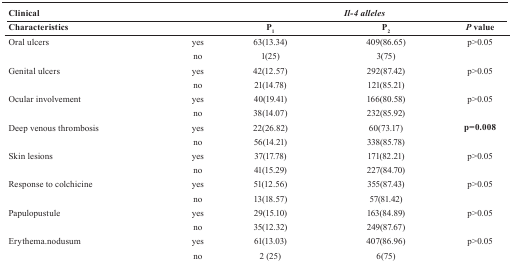
<table><thead><tr><td colspan="2"><b>Clinical</b></td><td colspan="3"><b><i>Il-4 alleles</i></b></td></tr><tr><td colspan="2"><b>Characteristics</b></td><td><b>P<sub>1</sub></b></td><td><b>P<sub>2</sub></b></td><td><b><i>P</i> value</b></td></tr></thead><tbody><tr><td rowspan="2">Oral ulcers</td><td>yes</td><td>63(13.34)</td><td>409(86.65)</td><td rowspan="2">p&gt;0.05</td></tr><tr><td>no</td><td>1(25)</td><td>3(75)</td></tr><tr><td rowspan="2">Genital ulcers</td><td>yes</td><td>42(12.57)</td><td>292(87.42)</td><td rowspan="2">p&gt;0.05</td></tr><tr><td>no</td><td>21(14.78)</td><td>121(85.21)</td></tr><tr><td rowspan="2">Ocular involvement</td><td>yes</td><td>40(19.41)</td><td>166(80.58)</td><td rowspan="2">p&gt;0.05</td></tr><tr><td>no</td><td>38(14.07)</td><td>232(85.92)</td></tr><tr><td rowspan="2">Deep venous thrombosis</td><td>yes</td><td>22(26.82)</td><td>60(73.17)</td><td rowspan="2"><b>p=0.008</b></td></tr><tr><td>no</td><td>56(14.21)</td><td>338(85.78)</td></tr><tr><td rowspan="2">Skin lesions</td><td>yes</td><td>37(17.78)</td><td>171(82.21)</td><td rowspan="2">p&gt;0.05</td></tr><tr><td>no</td><td>41(15.29)</td><td>227(84.70)</td></tr><tr><td rowspan="2">Response to colchicine</td><td>yes</td><td>51(12.56)</td><td>355(87.43)</td><td rowspan="2">p&gt;0.05</td></tr><tr><td>no</td><td>13(18.57)</td><td>57(81.42)</td></tr><tr><td rowspan="2">Papulopustule</td><td>yes</td><td>29(15.10)</td><td>163(84.89)</td><td rowspan="2">p&gt;0.05</td></tr><tr><td>no</td><td>35(12.32)</td><td>249(87.67)</td></tr><tr><td rowspan="2">Erythema.nodusum</td><td>yes</td><td>61(13.03)</td><td>407(86.96)</td><td rowspan="2">p&gt;0.05</td></tr><tr><td>no</td><td>2 (25)</td><td>6(75)</td></tr></tbody></table>